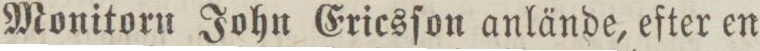
Monitorn John Ericsſon anlände, efter en